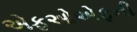
એફઓએફની